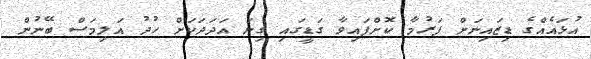
އުޅައެއްގެ ޑިޒައިނަށް ފަރުމާ ކޮށްފައިވާ ގަޑީގައި ގިނަ އަދަދަކަށް ހުދު އަލިމަސް ބޭނުން